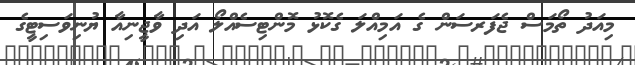
މިއަދު ތޯމަސް ޖެފަރސަން ގެ އަމިއްލަ ގެކޮޅު މޮންޓިސެއްލޯ އަދި ވާޖީނިއާ ޔުނިވަސިޓީގެ